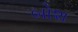
બોશ